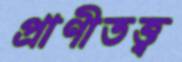
প্রাণীতত্ত্ব